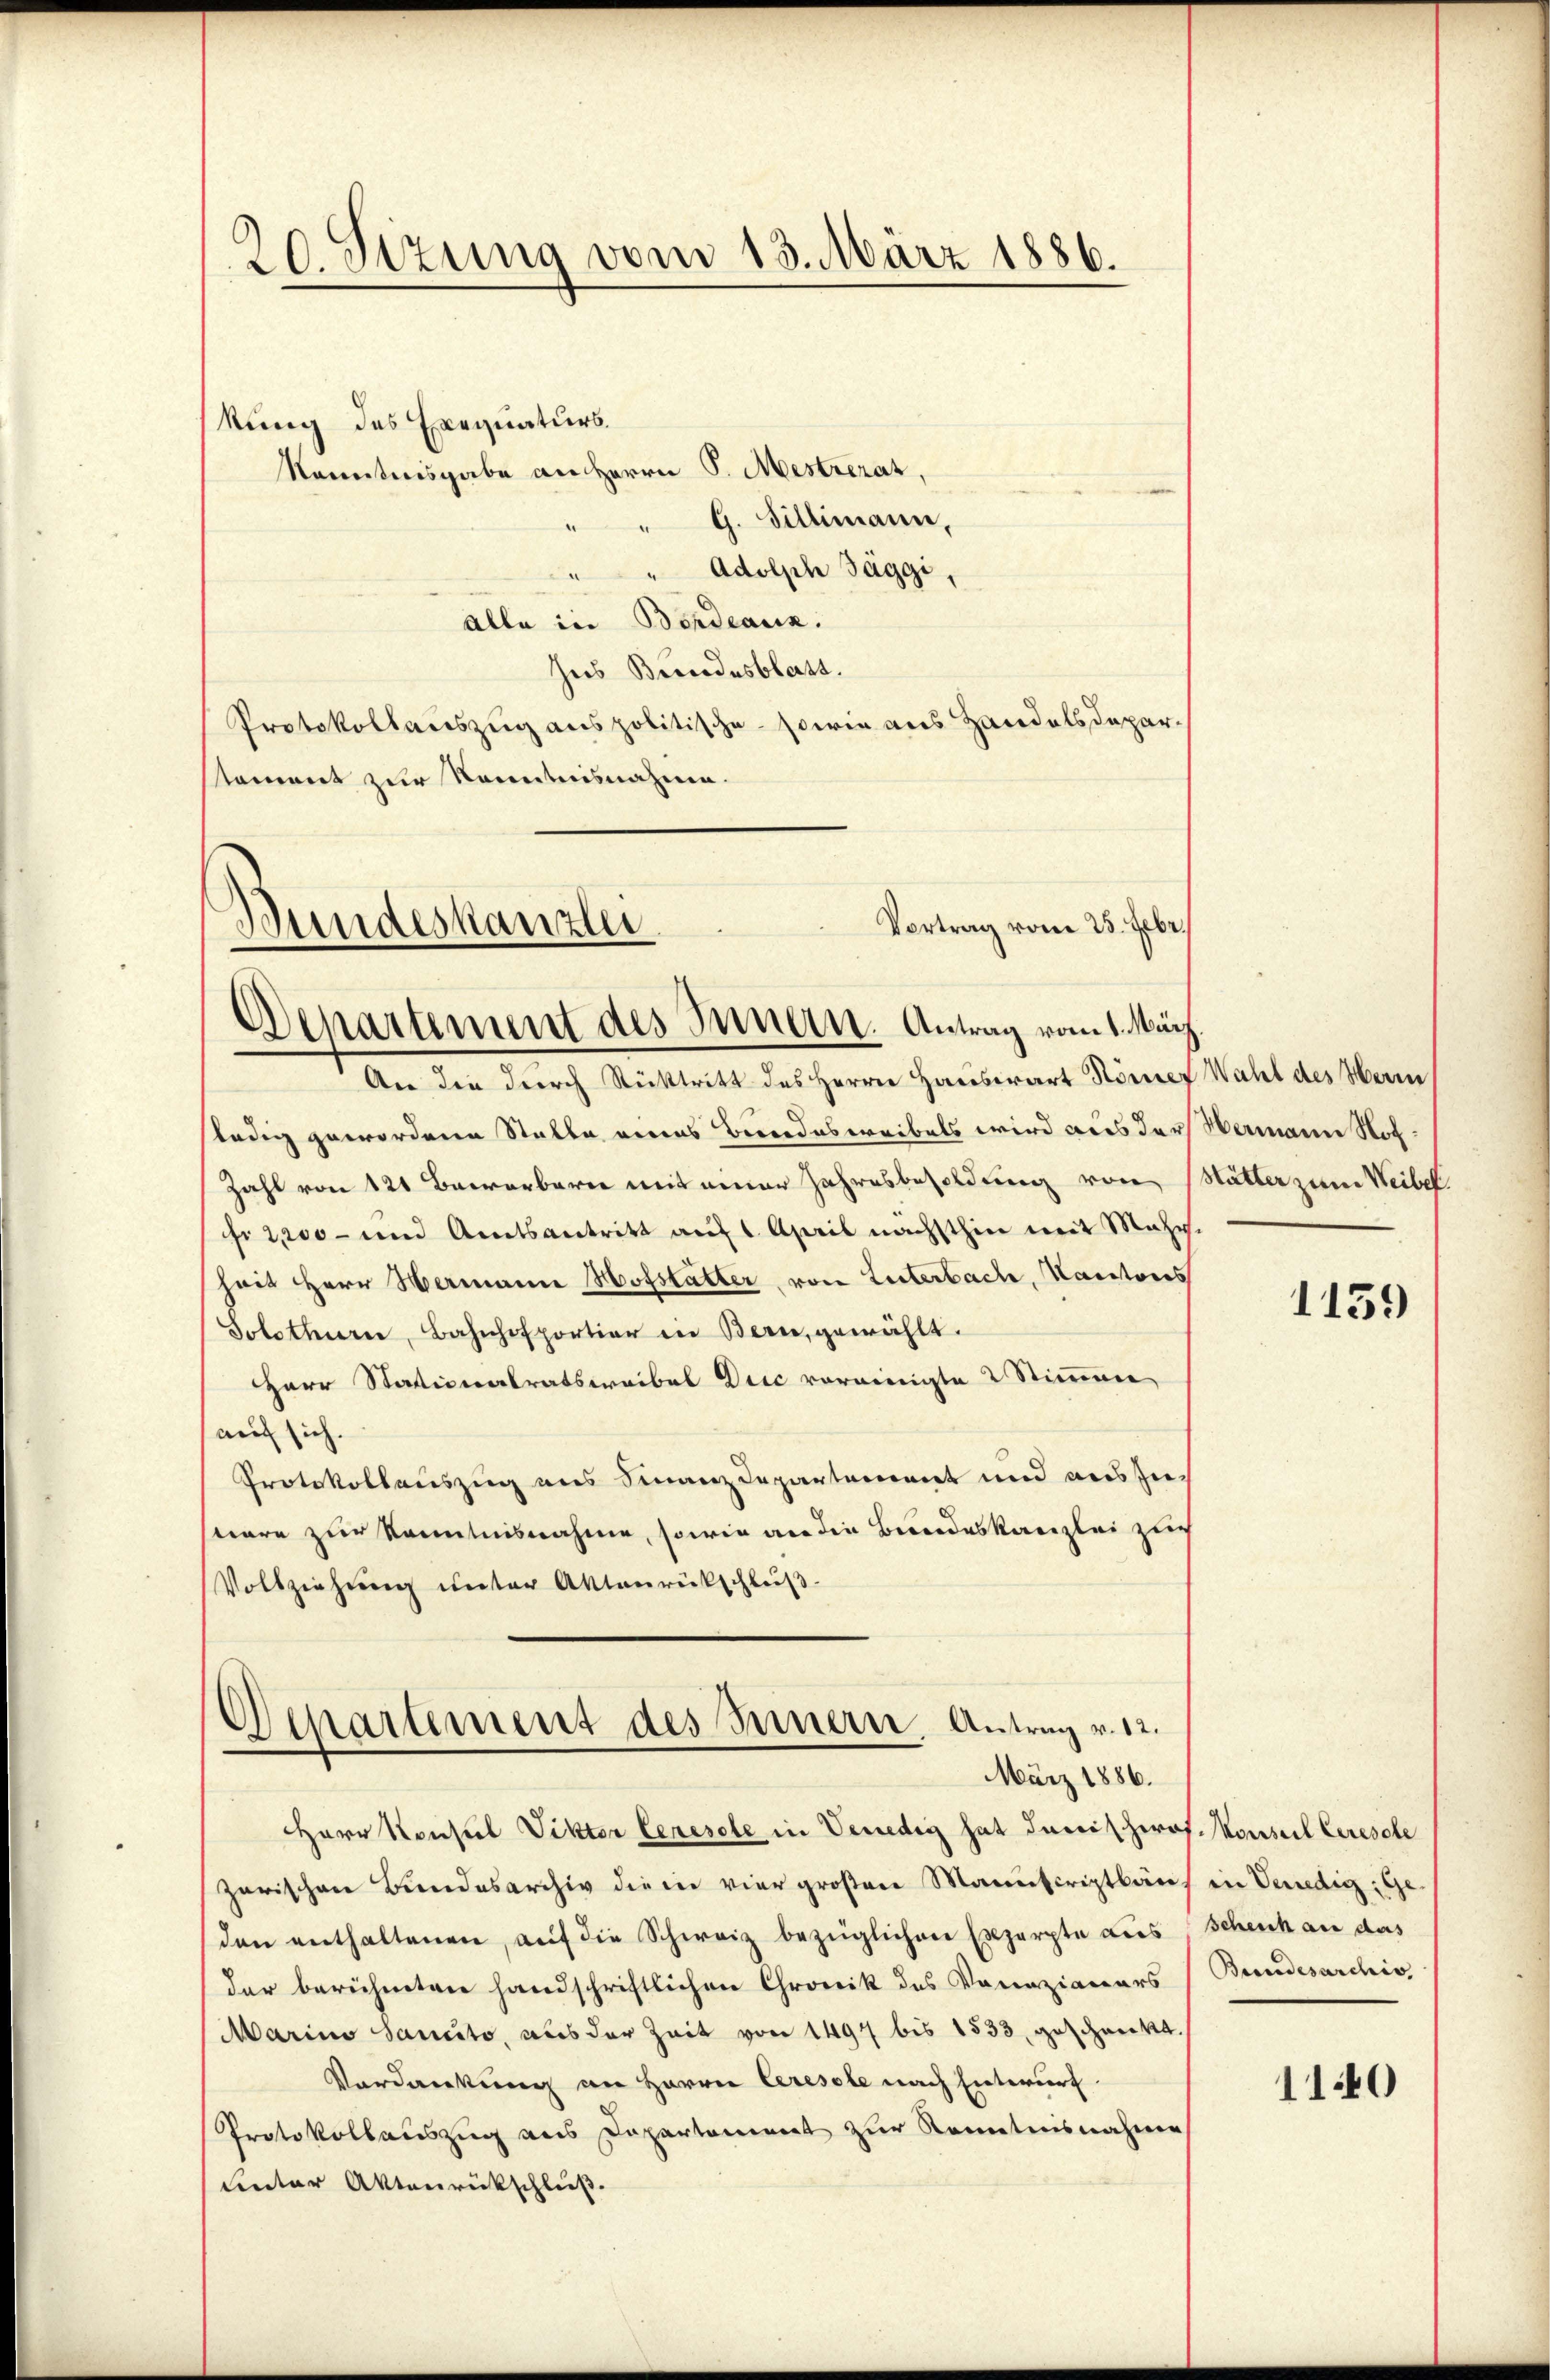
kung des Exequaturs
Kenntnisgabe an Herrn P. Mestrerat,
" " G. Billimann,
" " Adolph Jäggi,
alle in Bordeaus.
hes Beendesblatt.
Protokollauszug aus politische sowie aus Handelsdepar¬
Nament zur Kenntnisnahme.

ledig gewordene Stalle vornes Bereidestreibels wird aus der Hermann Hof¬
Zahl von 121 Bewerberei mit einer Jahresbesoldung von Mutter zum Weibel.
fr 2000 - und Amtsantritt auf 1. April nächsthin mit Mahr.
heit Herr Hermann Hofstatter von Leiterbach, Kantons
Solothurn, Bahnhofportier in Bern, gewählt.
Herr Stationalratswaibel Deic voreinigte 2 Stimmen
auf sich.
Protokollauszug aus Finanzdepartariennet und auszieseare zur Kenntnisnahme, sowie an die Bundeskanzlei zu
Vollziehung unter Aktenrückschluß.

20. Sizung vom 13. März 1886.

Bundeskanzlei
Vortrag vom 25. Febr.
Departement des Innen. Antrag vom 1. März
An die durch Rücktritt des Herrn Hauswart Römer Wahl des Herin

Departement des Innern. Antrag v. 12.
März 1886.

Herr Konfiel Viktor Ceresele in Venedig hat damit Prof. Konseil Ceresste
zarischen Bundesarchiv die in vier großen Manuscriptlauf in Venedig: Ge
den enthaltenen, aŭf die Schweiz bezüglichen Exzerpte aus Schenk an das
der berühmten handschriftlichen Chronik des Vorazionars (Bundesarchiv
Marina Sancto, aus der Zeit von 1497 bis 1533, geschenkt.
Vordankung an Herrn Ceresele nach Entwurf.
Protokollauszug aus Departement zur Kenntnisnahme
Lnter Aktenrückschluß.

1139

1140